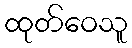
ထုတ်ဝေသူ